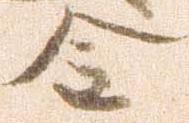
金